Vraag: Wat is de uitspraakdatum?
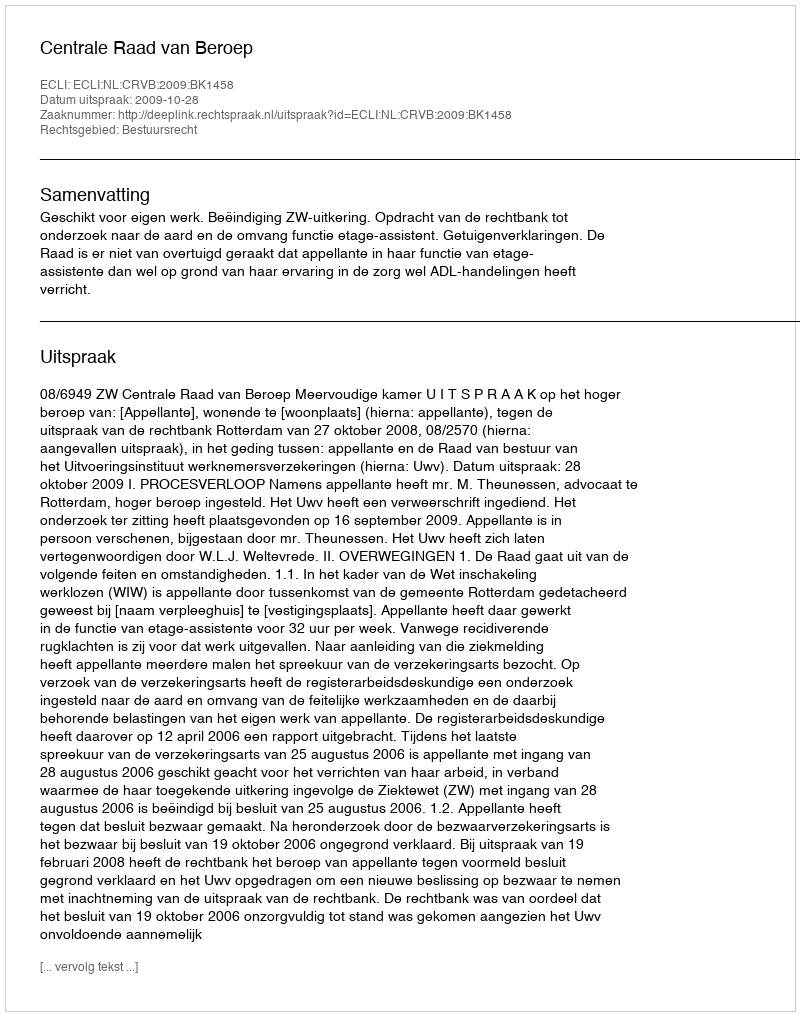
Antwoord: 2009-10-28